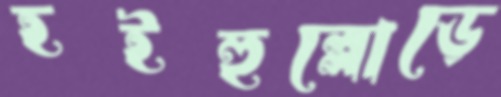
হইহুল্লোড়ে